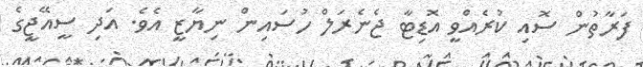
ފަރާތުން ސޮއި ކުރެއްވީ އޮޑިޓާ ޖެނެރަލް ހުސައިން ނިޔާޒީ އެވެ. އަދި ސީއޭޖީގެ